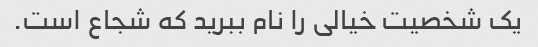
یک شخصیت خیالی را نام ببرید که شجاع است.